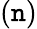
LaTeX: (\mathtt{n})